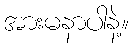
အားမနာပါနဲ့။